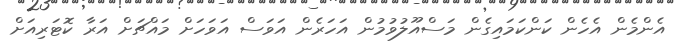
އެންމެން އެހެން ކަންކަމައިގެން މަސްއޫލުވުމުން އަހަރެން އަވަސް އަވަހަށް މައްޗަށް އަރާ ކޮޓަރިއަށް